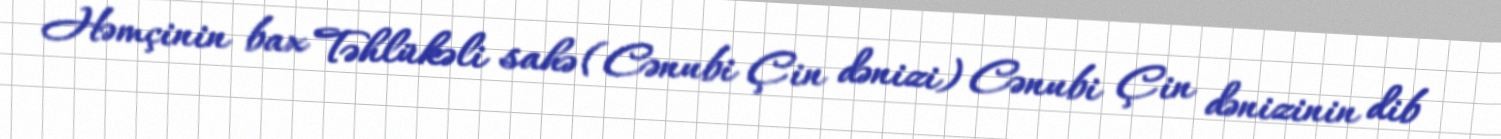
Həmçinin bax Təhlükəli sahə (Cənubi Çin dənizi) Cənubi Çin dənizinin dib